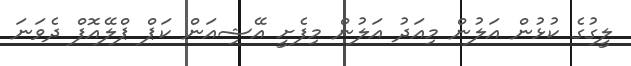
ލީގުގެ ކުޅުން އަލުން މިއަދު އަލުން މިފެށީ އޭޝިއަން ކަޕް ޕްލޭއޮފް ދެވަނަ